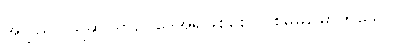
အပြည်ပြည်ဆိုင်ရာဥပဒေအရဖြစ်စေ၊ ပြစ်မှုမမြောက်သော